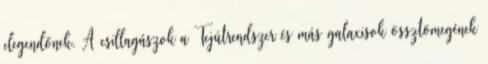
elegendőnek. A csillagászok a Tejútrendszer és más galaxisok össztömegének